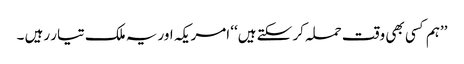
’’ہم کسی بھی وقت حملہ کر سکتے ہیں‘‘ امریکہ اور یہ ملک تیار رہیں ۔